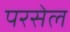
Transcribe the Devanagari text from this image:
परसेल